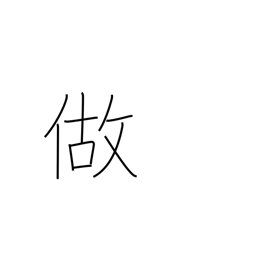
Meaning: make